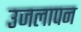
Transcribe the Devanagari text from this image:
उजलापन